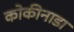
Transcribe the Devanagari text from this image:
कोकीनाडा